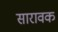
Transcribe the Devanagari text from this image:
सारावक